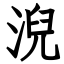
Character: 淣